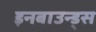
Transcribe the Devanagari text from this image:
इनबाउन्ड्स